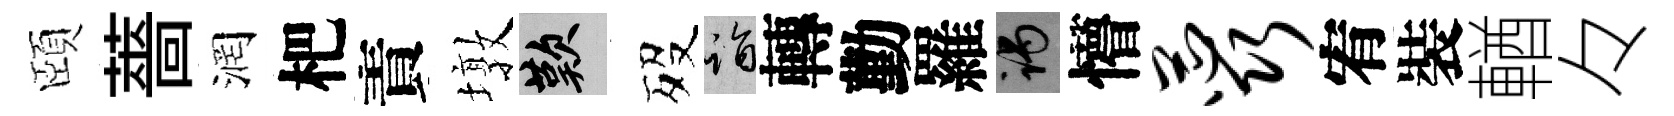
頤薔润杷責墩嘆歿诣轉勤羅谒懵蕊宥裝輶々